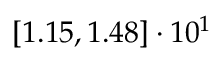
\left[ 1 . 1 5 , 1 . 4 8 \right] \cdot 1 0 ^ { 1 }